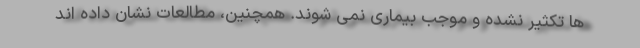
ها تکثیر نشده و موجب بیماری نمی شوند. همچنین، مطالعات نشان داده اند